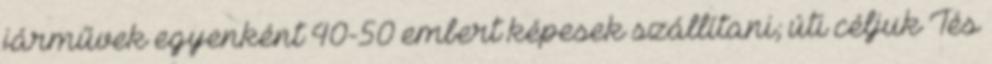
járművek egyenként 40-50 embert képesek szállítani; úti céljuk Tés